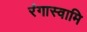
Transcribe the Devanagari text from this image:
रंगास्वामि